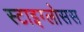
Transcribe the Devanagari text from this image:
स्टाइग्लोसस